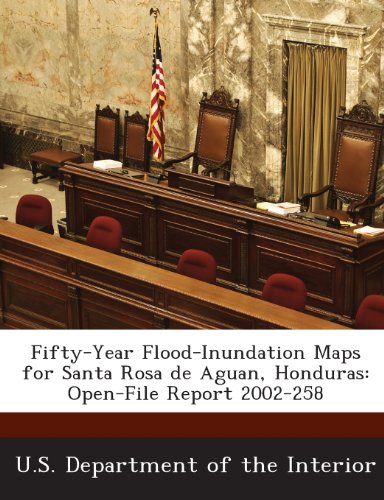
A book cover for Fifty-Year Flood-Inundation Maps for Santa Rosa de Aguan, Honduras: Open-File Report 2002-258; Mark C. Mastin; Travel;